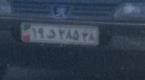
۱۹د۲۸۵۲۸